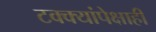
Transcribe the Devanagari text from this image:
टक्क्यांपेक्षाही